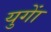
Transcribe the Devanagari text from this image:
युगाें